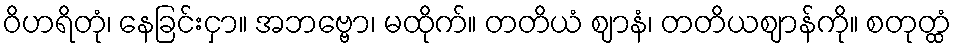
ဝိဟရိတုံ၊ နေခြင်းငှာ။ အဘဗ္ဗော၊ မထိုက်။ တတိယံ ဈာနံ၊ တတိယဈာန်ကို။ စတုတ္ထံ